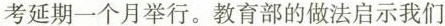
考延期一个月举行。教育部的做法启示我们